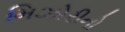
મિઝોરીનો